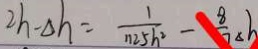
2 h - \Delta h = \frac { 1 } { n 2 5 h ^ { 2 } } - \frac { 8 } { 7 } \Delta h